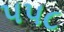
૫૫૮